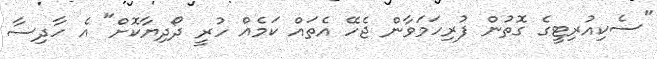
"ސެކިއުރިޓީގެ ގޮތުން ފުރިހަމަވާން ޖެހޭ އެތައް ކަމެއް ހުރީ ދޯދިޔާކޮށް" އެ ހާދިސާ